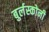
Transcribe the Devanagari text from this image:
बुर्लस्कोनी